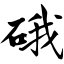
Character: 硪